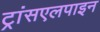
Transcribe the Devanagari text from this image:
ट्रांसएलपाइन